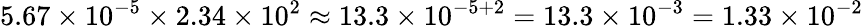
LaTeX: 5.67\times 10^{-5}\times 2.34\times 10^{2}\approx 13.3\times 10^{-5+2}=13.3\times 10^{-3}=1.33\times 10^{-2}